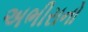
અભીરાનો